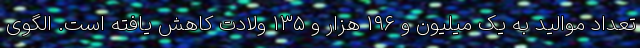
تعداد موالید به یک میلیون و ١٩٦ هزار و ١٣٥ ولادت کاهش یافته است. الگوی